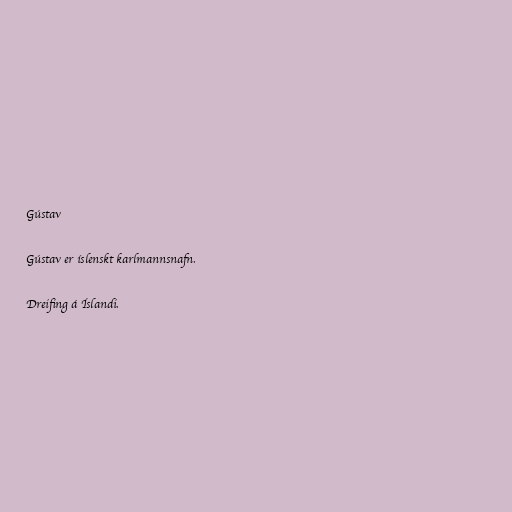
Gústav

Gústav er íslenskt karlmannsnafn.

Dreifing á Íslandi.